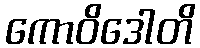
ကောဝိဒေါတိ